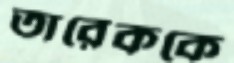
তারেককে